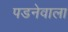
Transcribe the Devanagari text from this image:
पडनेवाला